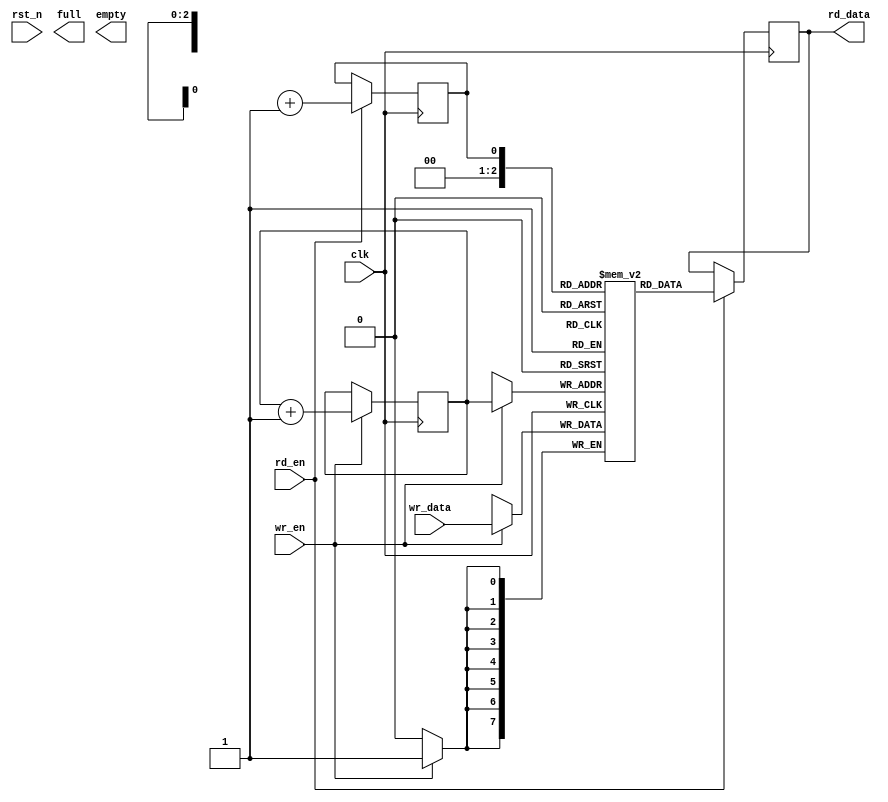
module sync_fifo # (
    parameter DATA_WIDTH = 8,
    parameter FIFO_DEPTH = 8,
    parameter ADDR_WIDH  = 3
)(
    input  clk,
    input  rst_n,
    input  wr_en,
    input  [DATA_WIDTH-1:0] wr_data,
    input  rd_en,
    output [DATA_WIDTH-1:0] rd_data,
    output full,
    output empty
);

reg [ADDR_WIDH-1:0] wr_ptr;
reg [ADDR_WIDH-1:0] rd_ptr;
reg [ADDR_WIDH:0]   fifo_cnt;
reg [DATA_WIDTH-1:0] buf_mem [0:FIFO_DEPTH-1];

always @(posedge clk) begin
    if(wr_en) begin
      buf_mem[wr_ptr] = wr_data;
      wr_ptr = wr_ptr+1;
      fifo_cnt = fifo_cnt+1;
    end 
end 

always @(posedge clk ) begin
    if(rd_en) begin
      rd_data = buf_mem[rd_prt];
      rd_prt = rd_ptr+1;
      fifo_cnt = fifo_cnt-1;
    end
end

always @(posedge clk ) begin
    
end
    
endmodule